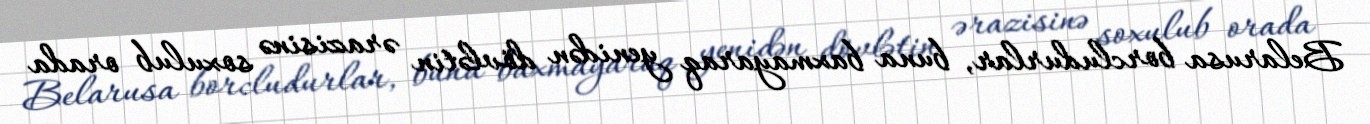
Belarusa borcludurlar, buna baxmayaraq yenidən dövlətin ərazisinə soxulub orada